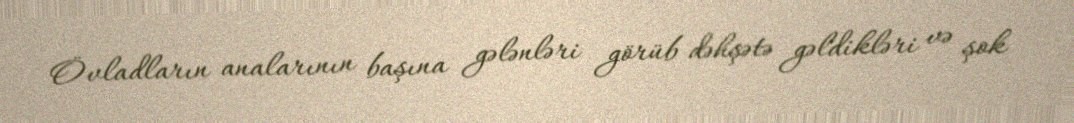
Övladların analarının başına gələnləri görüb dəhşətə gəldikləri və şok